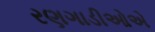
રણગાડીઓએ